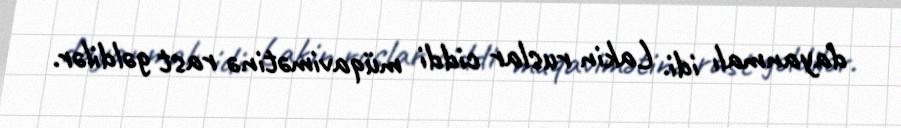
dayanmalı idi. Lakin ruslar ciddi müqavimətinə rast gəldilər.